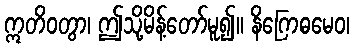
ဣတိဝတွာ၊ ဤသို့မိန့်တော်မူ၍။ နိဂြောဓမေဝ၊